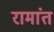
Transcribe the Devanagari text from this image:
रामांत